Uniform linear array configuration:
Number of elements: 12
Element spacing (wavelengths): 0.25
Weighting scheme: hamming
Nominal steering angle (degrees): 45
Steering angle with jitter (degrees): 46.043
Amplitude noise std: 0.05
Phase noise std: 0.05

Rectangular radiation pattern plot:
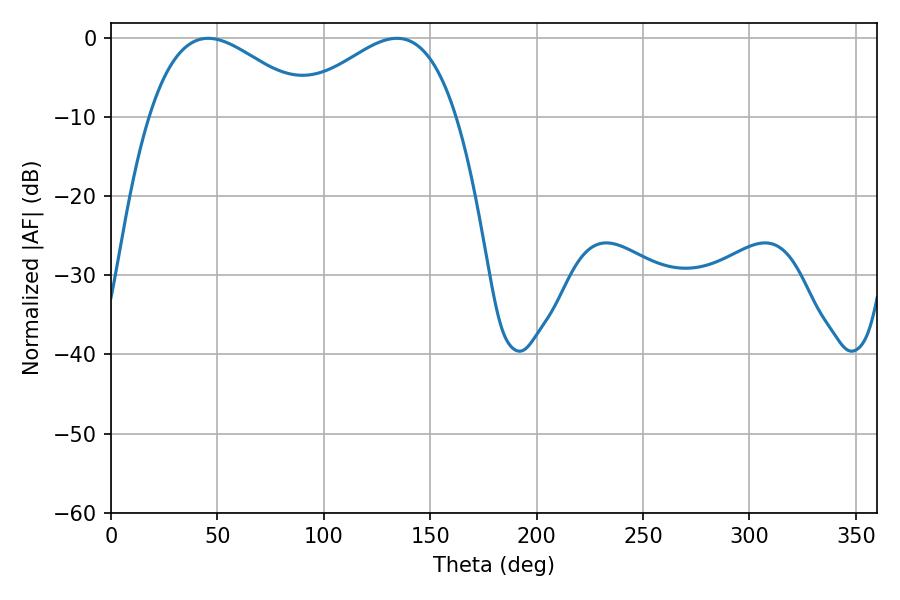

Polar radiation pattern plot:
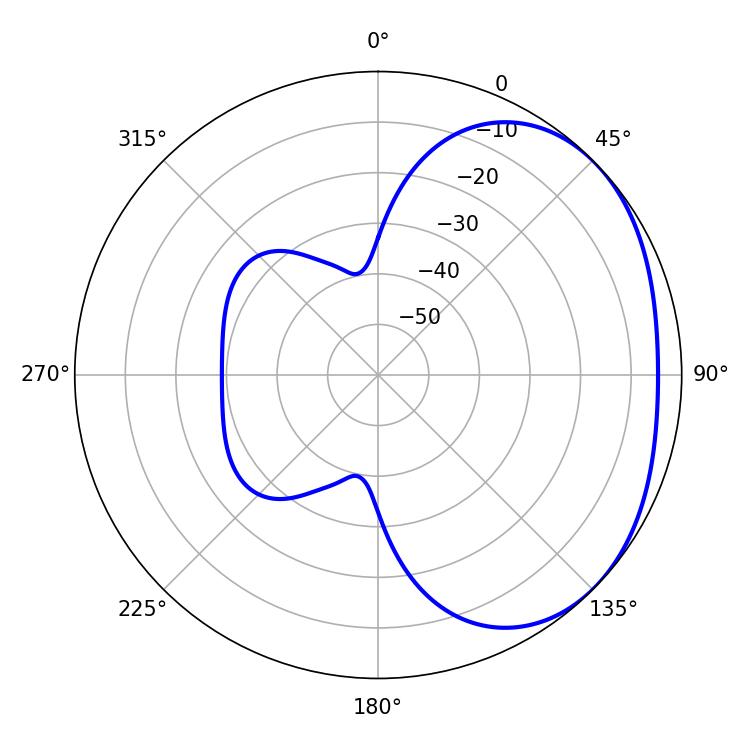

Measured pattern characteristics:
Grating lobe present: FALSE
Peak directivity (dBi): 2.349
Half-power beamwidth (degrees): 41.58
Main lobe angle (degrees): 45.72